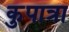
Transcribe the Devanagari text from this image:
कुपात्रा